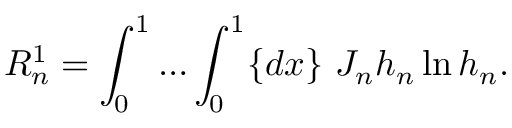
R _ { n } ^ { 1 } = \int _ { 0 } ^ { 1 } { \ldots } \int _ { 0 } ^ { 1 } \{ d x \} ~ J _ { n } h _ { n } \ln h _ { n } . \nonumber